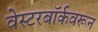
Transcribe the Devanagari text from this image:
वेस्टरबॉर्कवरून